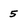
Character: 5